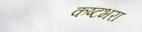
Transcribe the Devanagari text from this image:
कष्टभरा